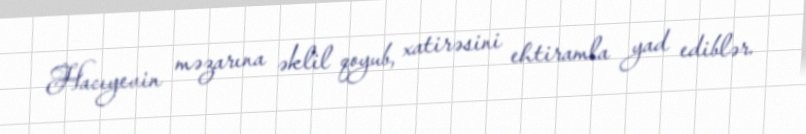
Hacıyevin məzarına əklil qoyub, xatirəsini ehtiramla yad ediblər.